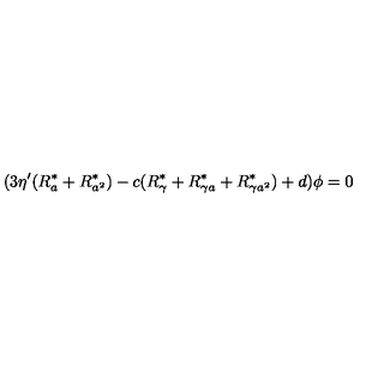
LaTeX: ( 3 \eta ^ { \prime } ( R _ { a } ^ { \ast } + R _ { a ^ { 2 } } ^ { \ast } ) - c ( R _ { \gamma } ^ { \ast } + R _ { \gamma a } ^ { \ast } + R _ { \gamma a ^ { 2 } } ^ { \ast } ) + d ) \phi = 0